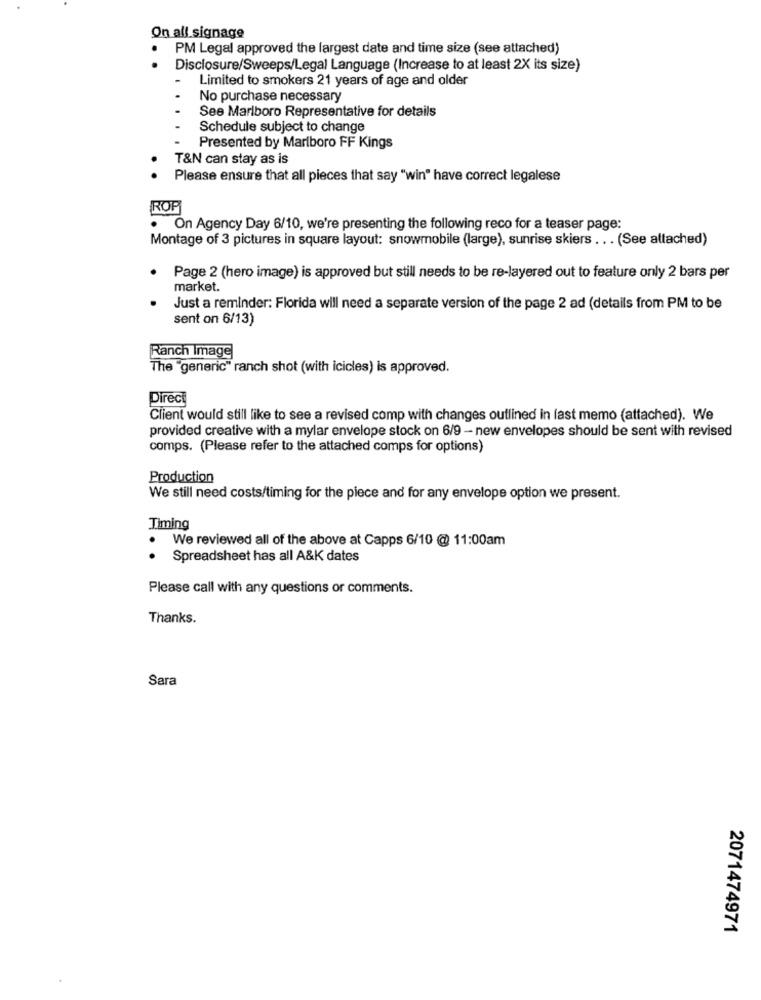
On all signage
PM Legal approved the largest date and time size (see attached)
.
Disclosure/Sweeps/Legal Language (Increase to at least 2X its size)
Limited to smokers 21 years of age and older
No purchase necessary
See Marlboro Representative for details
Schedule subject to change
Presented by Marlboro FF Kings
T&N can stay as is
. .
Please ensure that all pieces that say "win" have correct legalese
ROP
. On Agency Day 6/10, we're presenting the following reco for a teaser page:
Montage of 3 pictures in square layout: snowmobile (large), sunrise skiers ... (See attached)
Page 2 (hero image) is approved but still needs to be re-layered out to feature only 2 bars per
market.
Just a reminder: Florida will need a separate version of the page 2 ad (details from PM to be
sent on 6/13)
Ranch Image
The "generic" ranch shot (with icicles) is approved.
Direc
Client would still like to see a revised comp with changes outlined in fast memo (attached). We
provided creative with a mylar envelope stock on 6/9 - new envelopes should be sent with revised
comps. (Please refer to the attached comps for options)
Production
We still need costs/timing for the piece and for any envelope option we present.
Timing
We reviewed all of the above at Capps 6/10 @ 11:00am
Spreadsheet has all A&K dates
Please call with any questions or comments.
Thanks.
Sara
2071474971